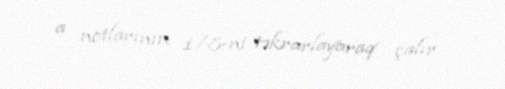
a notlarının 1/8-ni təkrarlayaraq çalır.